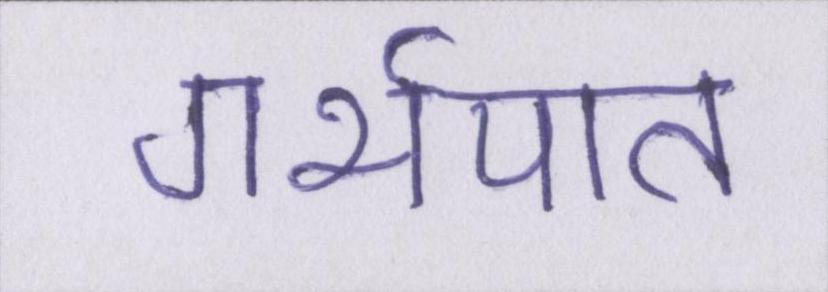
गर्भपात